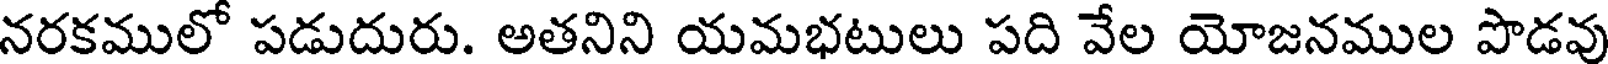
నరకములో పడుదురు. అతనిని యమభటులు పది వేల యోజనముల పొడవు